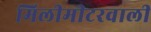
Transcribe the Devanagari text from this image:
मिलीमीटरवाली